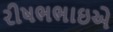
રીષભભાઇએ